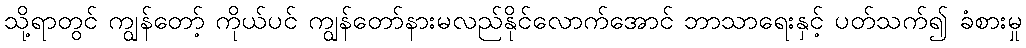
သို့ရာတွင် ကျွန်တော့် ကိုယ်ပင် ကျွန်တော်နားမလည်နိုင်လောက်အောင် ဘာသာရေးနှင့် ပတ်သက်၍ ခံစားမှု